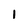
Character: 1